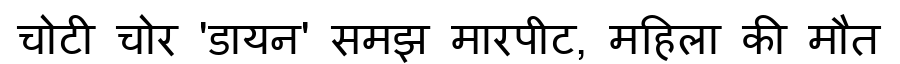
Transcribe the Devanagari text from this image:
चोटी चोर 'डायन' समझ मारपीट, महिला की मौत